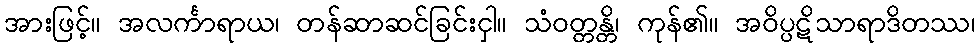
အားဖြင့်။ အလင်္ကာရာယ၊ တန်ဆာဆင်ခြင်းငှါ။ သံဝတ္တန္တိ၊ ကုန်၏။ အဝိပ္ပဋိသာရာဒိတဿ၊